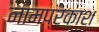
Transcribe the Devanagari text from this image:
नामप्रकाश